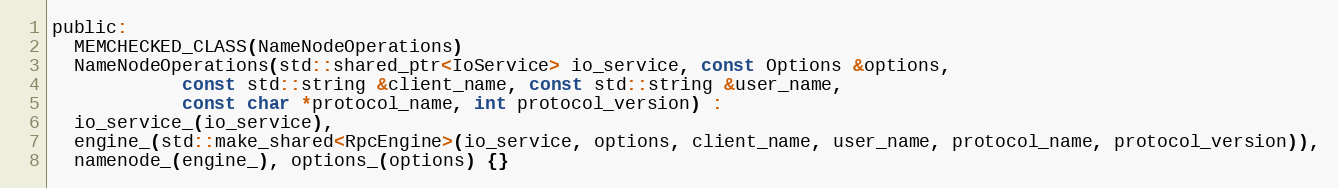
Language: C
public:
  MEMCHECKED_CLASS(NameNodeOperations)
  NameNodeOperations(std::shared_ptr<IoService> io_service, const Options &options,
            const std::string &client_name, const std::string &user_name,
            const char *protocol_name, int protocol_version) :
  io_service_(io_service),
  engine_(std::make_shared<RpcEngine>(io_service, options, client_name, user_name, protocol_name, protocol_version)),
  namenode_(engine_), options_(options) {}